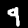
Label: 9